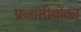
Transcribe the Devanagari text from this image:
प्रजातीयोंका